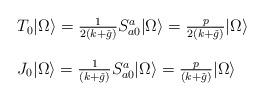
LaTeX: \begin{align*}\begin{array}{l}T_{0} |\Omega \rangle = \frac{1}{2(k+\check{g})} S_{a0}^{a} | \Omega \rangle= \frac{p}{2(k+\check{g})} | \Omega \rangle \\\ \\J_{0} | \Omega \rangle = \frac{1}{(k+\check{g})} S_{a0}^{a} | \Omega \rangle= \frac{p}{(k+\check{g})} | \Omega \rangle\end{array}\end{align*}